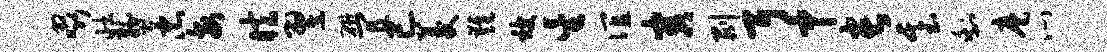
啜壮燹忠每眩翌研宜已菱难被星谊害剥耳中长基剩麾心